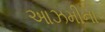
આઝમીના